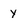
Character: y